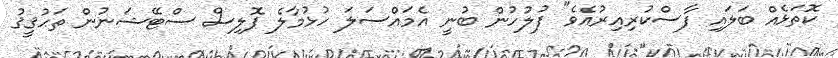
ކޮތަޅެއް ބަލައި ފާސްކުރިއިރުއެވެ" ފުލުހުން ބުނީ އެމައްސަލަ ހުޅުމާލެ ޕޮލިސް ސްޓޭޝަނުން ތަޙުޤީޤު